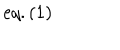
LaTeX: e q . ( 1 )